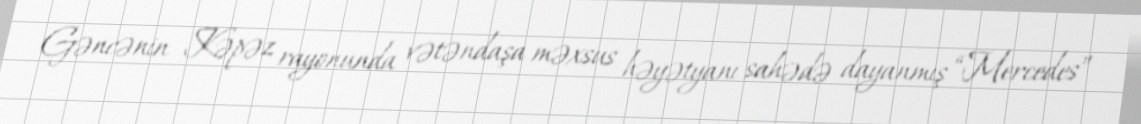
Gəncənin Kəpəz rayonunda vətəndaşa məxsus həyətyanı sahədə dayanmış “Mercedes”